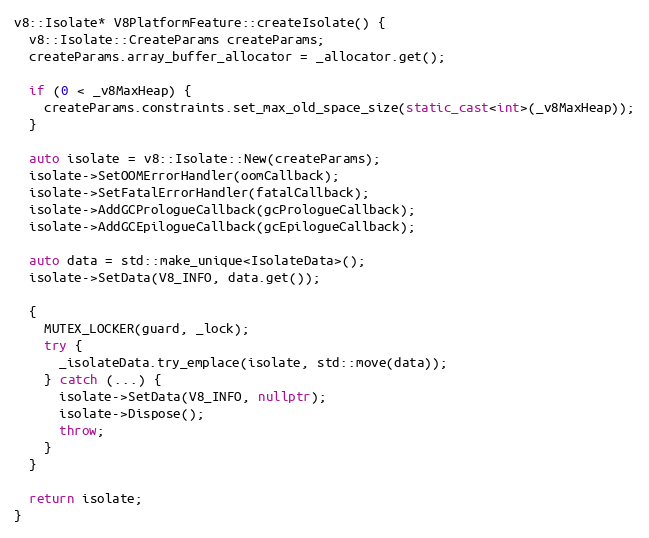
Language: C++
v8::Isolate* V8PlatformFeature::createIsolate() {
  v8::Isolate::CreateParams createParams;
  createParams.array_buffer_allocator = _allocator.get();

  if (0 < _v8MaxHeap) {
    createParams.constraints.set_max_old_space_size(static_cast<int>(_v8MaxHeap));
  }

  auto isolate = v8::Isolate::New(createParams);
  isolate->SetOOMErrorHandler(oomCallback);
  isolate->SetFatalErrorHandler(fatalCallback);
  isolate->AddGCPrologueCallback(gcPrologueCallback);
  isolate->AddGCEpilogueCallback(gcEpilogueCallback);

  auto data = std::make_unique<IsolateData>();
  isolate->SetData(V8_INFO, data.get());

  {
    MUTEX_LOCKER(guard, _lock);
    try {
      _isolateData.try_emplace(isolate, std::move(data));
    } catch (...) {
      isolate->SetData(V8_INFO, nullptr);
      isolate->Dispose();
      throw;
    }
  }

  return isolate;
}